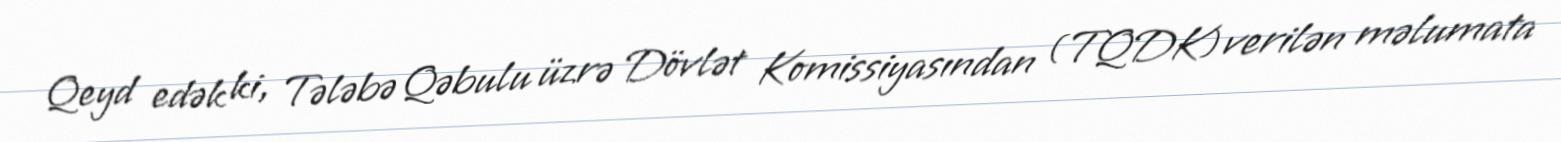
Qeyd edək ki, Tələbə Qəbulu üzrə Dövlət Komissiyasından (TQDK) verilən məlumata